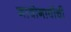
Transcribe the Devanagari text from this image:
गावोगावीची